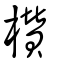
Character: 欑